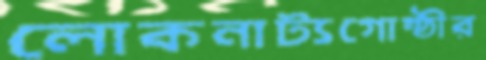
লোকনাট্যগোষ্ঠীর